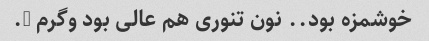
خوشمزه بود.. نون تنوری هم عالی بود وگرم ….